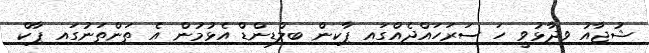
ޝުޖާއު ވިދާޅުވީ ހަ ސަރަހައްދެއްގައި ޕާކިން ބިލްޑިންޑް އެޅުމުން އެ ތަންތަނުގައި ޕާކް